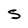
Character: 5